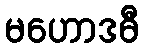
မဟောဒဓီ